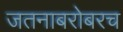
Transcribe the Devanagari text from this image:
जतनाबरोबरच